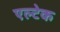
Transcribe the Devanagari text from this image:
एल्टेक